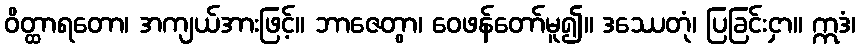
ဝိတ္ထာရတော၊ အကျယ်အားဖြင့်။ ဘာဇေတွာ၊ ဝေဖန်တော်မူ၍။ ဒဿေတုံ၊ ပြခြင်းငှာ။ ဣဒံ၊